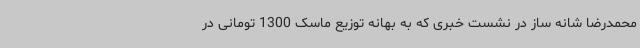
محمدرضا شانه ساز در نشست خبری که به بهانه توزیع ماسک 1300 تومانی در